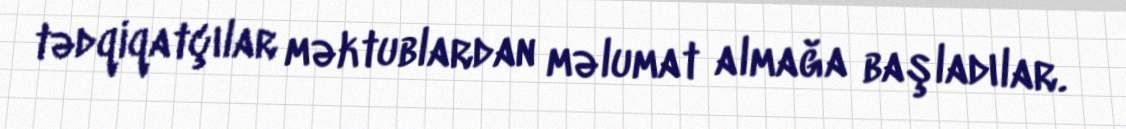
tədqiqatçılar məktublardan məlumat almağa başladılar.